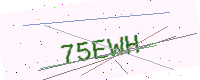
Text: 75EWH